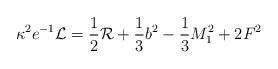
\begin{align*}\kappa^{2}e^{-1}{\cal{L}} = \frac{1}{2}{\cal{R}} + \frac{1}{3}b^2 - \frac{1}{3}M_{1}^{2} + 2F^{2}\end{align*}